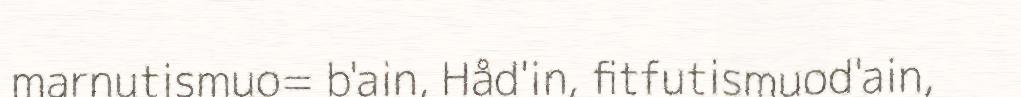
marnutismuo= b'ain, Håd'in, fitfutismuod'ain,